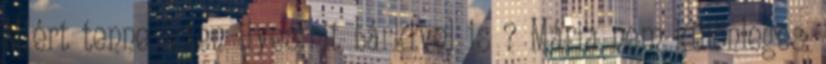
Miért tenne Isten ilyesmit bárkivel is ? Mária nem különleges: